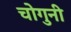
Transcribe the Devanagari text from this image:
चोगुनी